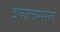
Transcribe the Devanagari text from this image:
इयालाम्मल